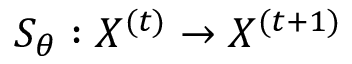
S _ { \theta } : X ^ { ( t ) } \rightarrow X ^ { ( t + 1 ) }